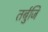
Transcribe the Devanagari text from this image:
तर्बुजि